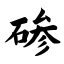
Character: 碜